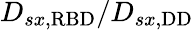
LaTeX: D_{sx,\mathrm{{RBD}}}/D_{sx,\mathrm{{DD}}}